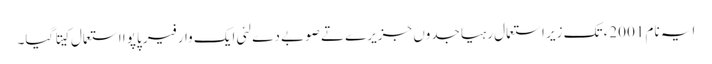
ایہ نام 2001ء تک زیر استعمال رہیا جدوں جزیرے تے صوبے دے لئی ایک وار فیر پاپوا استعمال کیتا گیا۔